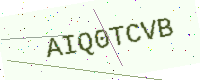
Text: AIQ0TCVB